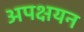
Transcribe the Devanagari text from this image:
अपक्षयन